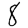
Digit: 8